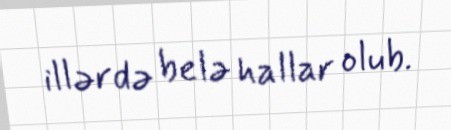
illərdə belə hallar olub.